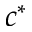
c ^ { * }